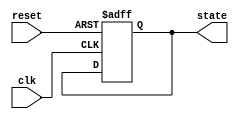
module PreConfiguredStateInitialization (
    input wire reset,     // Active high reset signal
    input wire clk,       // Clock signal
    output reg [3:0] state // Example state output (4 bits for demonstration)
);

    // Predefined state value (example: '4'b0001)
    localparam PREDEFINED_STATE = 4'b0001;

    // State initialization process
    always @(posedge clk or posedge reset) begin
        if (reset) begin
            // Initialize the state to predefined value upon reset
            state <= PREDEFINED_STATE;
        end else begin
            // Normal operation (state transitions will be defined separately)
            // You may add the state transition logic here
        end
    end

endmodule